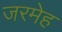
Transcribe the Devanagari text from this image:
जरमेह